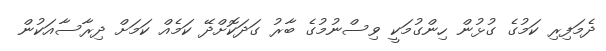
ދެމަފިރި ކަމުގެ ގުޅުން ހިންގުމަކީ ވިސްނުމުގެ ބާރު ގަދަކޮށްދޭ ކަމެއް ކަމަށް ދިރާސާއަކުން